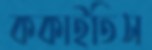
ককাইতিস